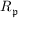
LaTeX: R _ { \mathfrak { p } }